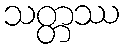
သတ္တဿ